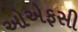
ઓએફસી